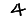
Digit: 4